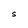
Character: S